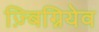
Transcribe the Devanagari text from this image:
ज़्बिग्नियेव